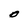
Character: O